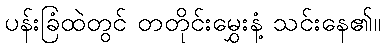
ပန်းခြံထဲတွင် တတိုင်းမွှေးနံ့ သင်းနေ၏။